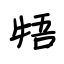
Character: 牾